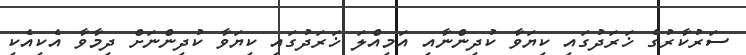
ސަރުކާރުގެ ޚަރަދުގައި ކިޔަވާ ކުދިންނާއި އަމިއްލަ ޚަރަދުގައި ކިޔަވާ ކުދިންނަށް ދިމާވާ އެކިއެކި